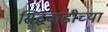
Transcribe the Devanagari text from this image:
सिद्धवाडीच्या